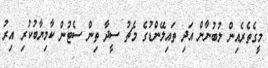
މީގެތެރެއިން ލުބުނާން އަދި ތައިލޭންޑުގެ މެޗު ސީދާ ތިން ސެޓުން ކާމިޔާބުކުރި އިރު